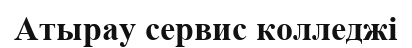
Атырау сервис колледжі